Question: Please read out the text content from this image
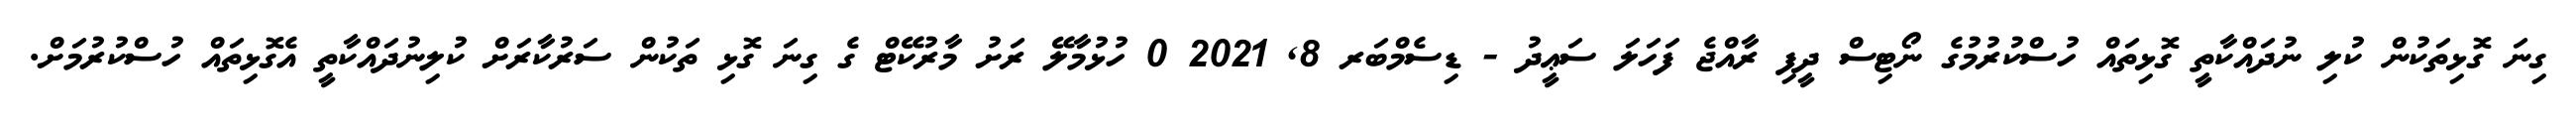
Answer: ގިނަ ގޮޅިތަކުން ކުލި ނުދައްކާތީ ގޮޅިތައް ހުސްކުރުމުގެ ނޯޓިސް ދީފި ރާއްޖެ ފަހަލަ ސަޢީދު - ޑިސެމްބަރ 8, 2021 0 ހުޅުމާލޭ ރަށު މާރުކޭޓް ގެ ގިނަ ގޮޅި ތަކުން ސަރުކާރަށް ކުލިނުދައްކާތީ އެގޮޅިތައް ހުސްކުރުމަށް.